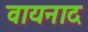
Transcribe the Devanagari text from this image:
वायनाद